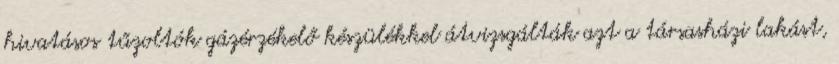
hivatásos tűzoltók gázérzékelő készülékkel átvizsgálták azt a társasházi lakást,